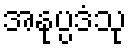
အနုပ္ပဒံသု